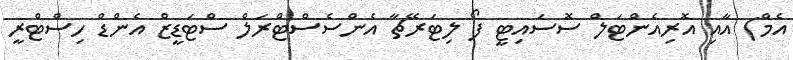
އެމް) އާއި އޮރިއެންޓަލް ސޮސައިޓީ ފޯ ލިޓަރޭޗާ އެންސެސްޓްރަލް ސްޓަޑީޒް އެންޑް ހިސްޓްރީ